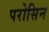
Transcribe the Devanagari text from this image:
परोसिन